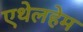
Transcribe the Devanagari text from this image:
एथेलहेम